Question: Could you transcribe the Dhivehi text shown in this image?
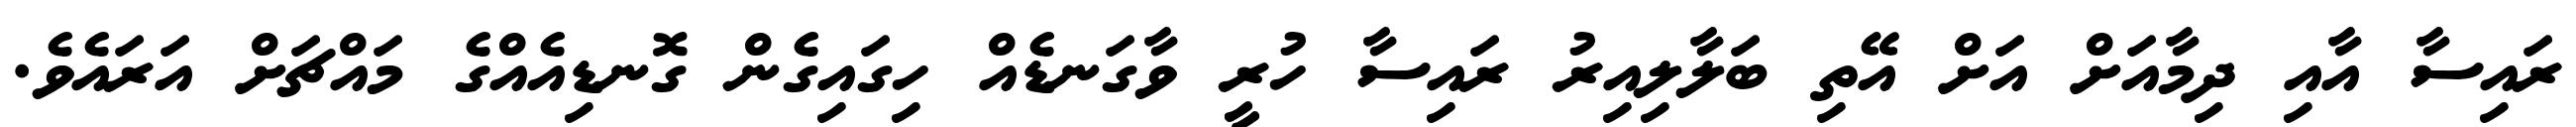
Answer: ރައިސާ އާއި ދިމާއަށް އަށް އޭތި ބަލާލިއިރު ރައިސާ ހުރީ ވާގަނޑެއް ހިގައިގެން ގޮނޑިއެއްގެ މައްޗަށް އަރައެވެ.